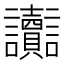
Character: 讟